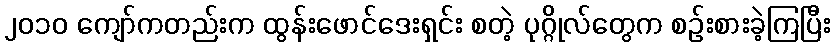
၂၀၁၀ ကျော်ကတည်းက ထွန်းဖောင်ဒေးရှင်း စတဲ့ ပုဂ္ဂိုလ်တွေက စဉ်းစားခဲ့ကြပြီး